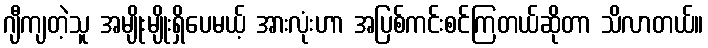
ဂျီကျတဲ့သူ အမျိုးမျိုးရှိပေမယ့် အားလုံးဟာ အပြစ်ကင်းစင်ကြတယ်ဆိုတာ သိလာတယ်။